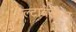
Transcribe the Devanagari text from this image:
डेल्टावेरकेन